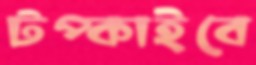
টপ্‌কাইবে